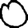
Digit: 0